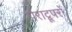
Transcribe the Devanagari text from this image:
पैराट्रूपरों